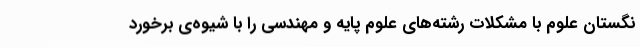
نگستان علوم با مشکلات رشته‌های علوم پایه و مهندسی را با شیوه‌ی برخورد